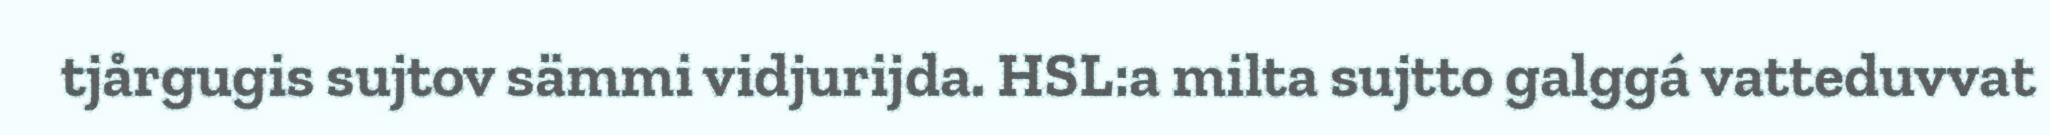
tjårgugis sujtov sämmi vidjurijda. HSL:a milta sujtto galggá vatteduvvat